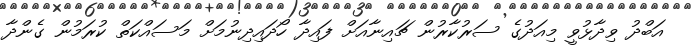
އަބްދު ވިދާޅުވީ މިއަދުގެ ސަރުކާރުން ޗައިނާއަށް ފައިދާ ހޯދައިދިނުމަށް މަސައްކަތް ކުރަމުން ގެންދާ